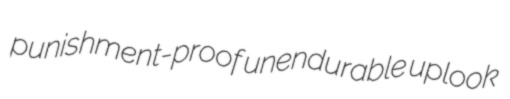
punishment-proof unendurable uplook